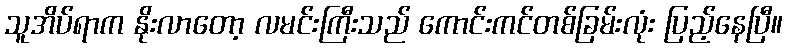
သူအိပ်ရာက နိုးလာတော့ လမင်းကြီးသည် ကောင်းကင်တစ်ခြမ်းလုံး ပြည့်နေပြီ။